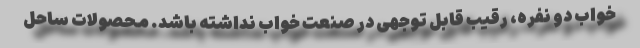
خواب دو نفره، رقیب قابل توجهی در صنعت خواب نداشته باشد. محصولات ساحل